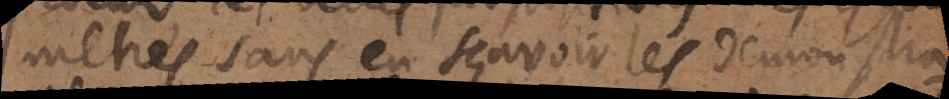
metres sans en sçavoir les demonstra-